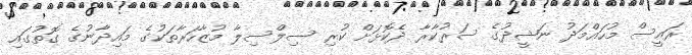
ރައީސް މުހައްމަދު ނަޝީދުގެ ސަރުކާރާ ދެކޮޅަށް ކުރި ސިލްސިލާ މުޒާހަރާތަކުގެ މައިދާނުގެ ގޮތުގައި